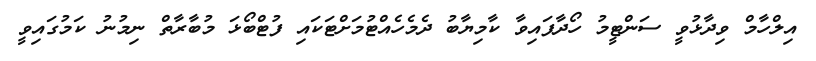
އިލްހާމް ވިދާޅުވީ ސަންޓީމު ހޯދާފައިވާ ކާމިޔާބު ދެމެހެއްޓުމަށްޓަކައި ފުޓްބޯޅަ މުބާރާތް ނިމުނު ކަމުގައިވީ